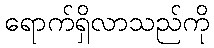
ရောက်ရှိလာသည်ကို